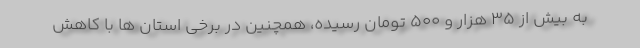
به بیش از ۳۵ هزار و ۵۰۰ تومان رسیده، همچنین در برخی استان ها با کاهش